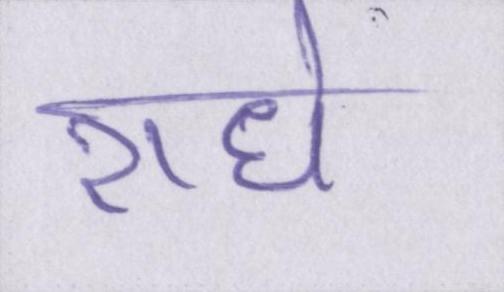
राधे